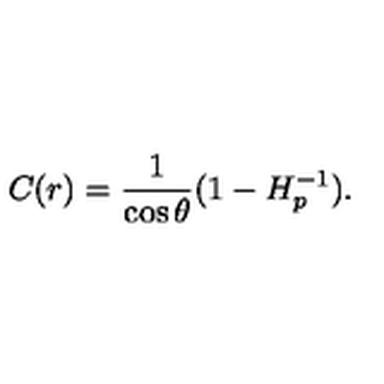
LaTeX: C ( r ) = { \frac { 1 } { \cos \theta } } ( 1 - H _ { p } ^ { - 1 } ) .